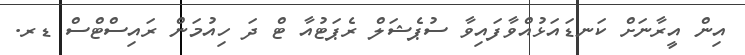
އިން އީރާނަށް ކަނޑައަޅުއްވާފައިވާ ސުޕެޝަލް ރެޕަޓުއާ ޓް ދަ ހިއުމަން ރައިސްޓްސް ޑރ.